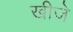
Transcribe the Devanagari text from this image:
खीजे